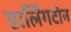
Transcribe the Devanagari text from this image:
डार्लिंगटोन